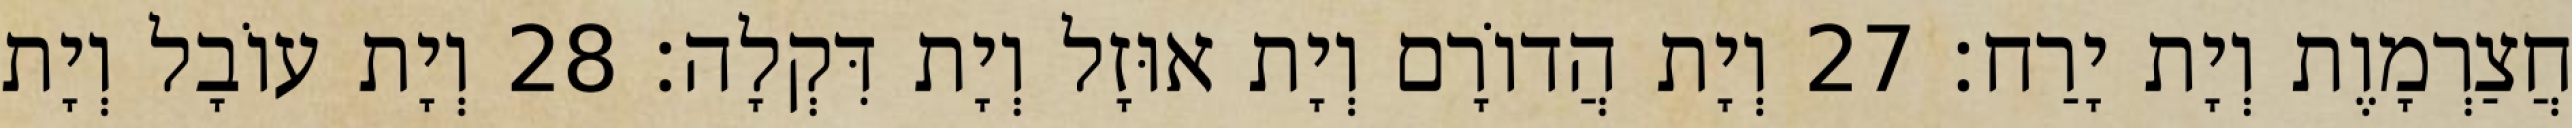
חֲצַרְמָוֶת וְיָת יָרַח׃ 27 וְיָת הֲדוֹרָם וְיָת אוּזָל וְיָת דִּקְלָה׃ 28 וְיָת עוֹבָל וְיָת